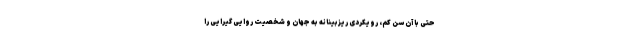
حتی با آن سن کم، رویکردی ریزبینانه به جهان و شخصیت روایی گیرایی را